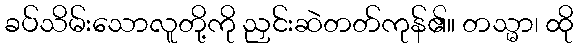
ခပ်သိမ်းသောလူတို့ကို ညှင်းဆဲတတ်ကုန်၏။ တသ္မာ၊ ထို